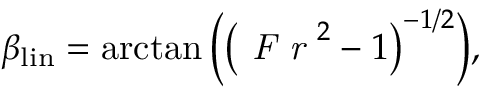
\beta _ { \mathrm { l i n } } = \arctan { \biggl ( \bigl ( \textit { F r } ^ { 2 } - 1 \bigl ) ^ { - 1 / 2 } } \biggl ) ,